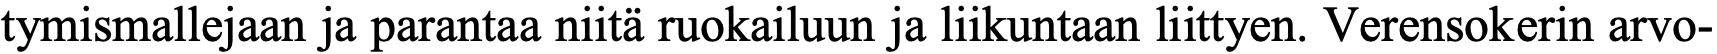
tymismallejaan ja parantaa niitä ruokailuun ja liikuntaan liittyen. Verensokerin arvo-